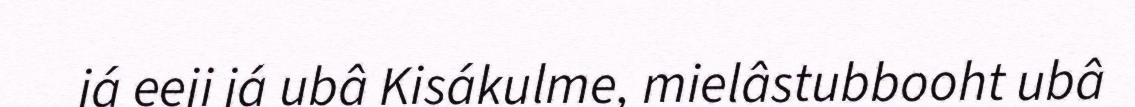
já eeji já ubâ Kisákulme, mielâstubbooht ubâ